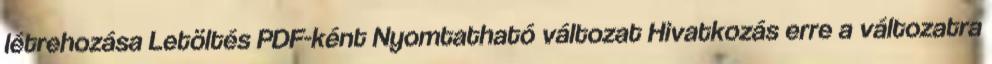
létrehozása Letöltés PDF-ként Nyomtatható változat Hivatkozás erre a változatra